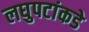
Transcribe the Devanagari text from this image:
लघुपटांकडे